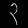
Digit: ၃